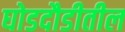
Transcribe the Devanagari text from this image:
घोडदौडीतील